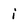
Character: i